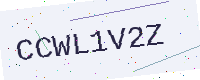
Text: CCWL1V2Z